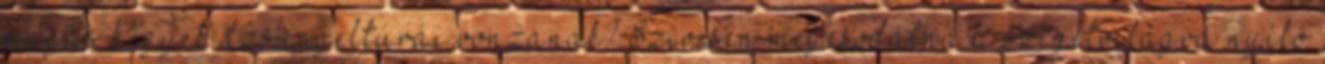
magas hegyek dzsungeltúrái vonzanák? Szívesen megcsodálná a szigetvilágra nyíló